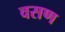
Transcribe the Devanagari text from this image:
वसण